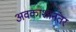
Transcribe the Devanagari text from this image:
अवकाशानंतर